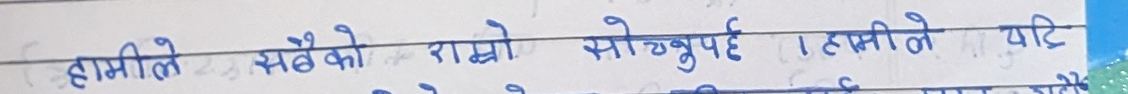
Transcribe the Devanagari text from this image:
हामीले सबैको राम्रो सोच्नुपर्छ । हामीले यति